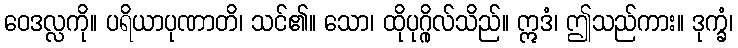
ဝေဒလ္လကို။ ပရိယာပုဏာတိ၊ သင်၏။ သော၊ ထိုပုဂ္ဂိုလ်သိည်။ ဣဒံ၊ ဤသည်ကား။ ဒုက္ခံ၊